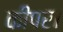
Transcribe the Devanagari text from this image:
कीपर।